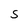
Character: S